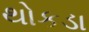
થોકડા